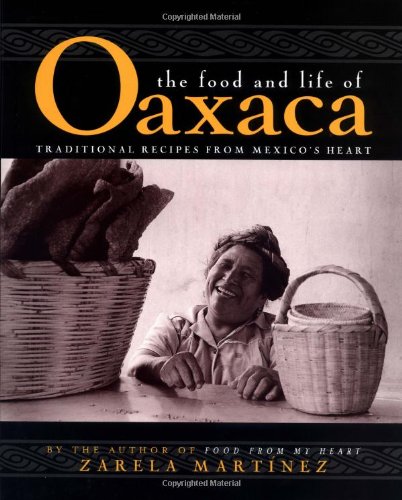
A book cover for The Food and Life of Oaxaca, Mexico; Zarela Martinez; Cookbooks, Food & Wine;